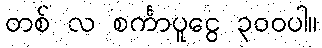
တစ် လ စင်္ကာပူငွေ ၃၀၀ပါ။